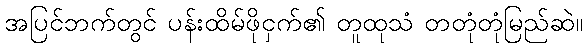
အပြင်ဘက်တွင် ပန်းထိမ်ဖိုငှက်၏ တူထုသံ တတုံတုံမြည်ဆဲ။